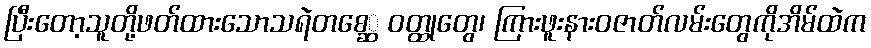
ပြီးတော့သူတို့ဖတ်ထားသောသရဲတစေ္ဆ ဝတ္ထုတွေ၊ ကြားဖူးနားဝဇာတ်လမ်းတွေကိုအိမ်ထဲက